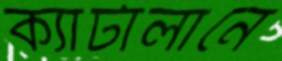
ক্যাটালানে